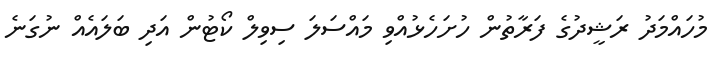
މުހައްމަދު ރަޝީދުގެ ފަރާތުން ހުށަހެޅުއްވި މައްސަލަ ސިވިލް ކޯޓުން އަދި ބަލައެއް ނުގަނެ